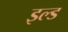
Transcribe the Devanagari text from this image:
इल्ड